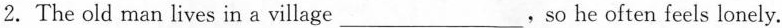
2. The old man lives in a village___,so he often feels lonely.